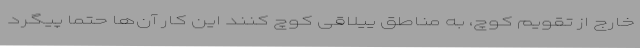
خارج از تقویم کوچ، به مناطق ییلاقی کوچ کنند این کار آن‌ها حتما پیگرد